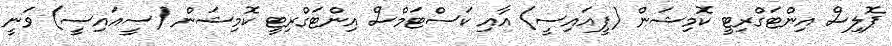
ޕޮލިސް އިންޓަގްރިޓީ ކޮމިޝަން (ޕީއައިސީ) އާއި ކަސްޓަމްސް އިންޓަގްރިޓީ ކޮމިޝަން (ސީއައިސީ) ވަނީ